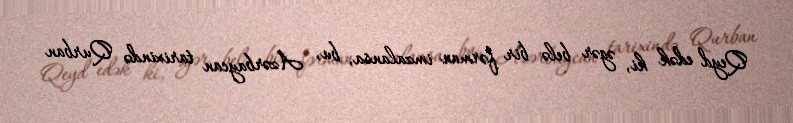
Qeyd edək ki, əgər belə bir fərman imzalansa, bu, Azərbaycan tarixində Qurban